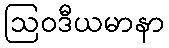
ဩဝဒီယမာနာ